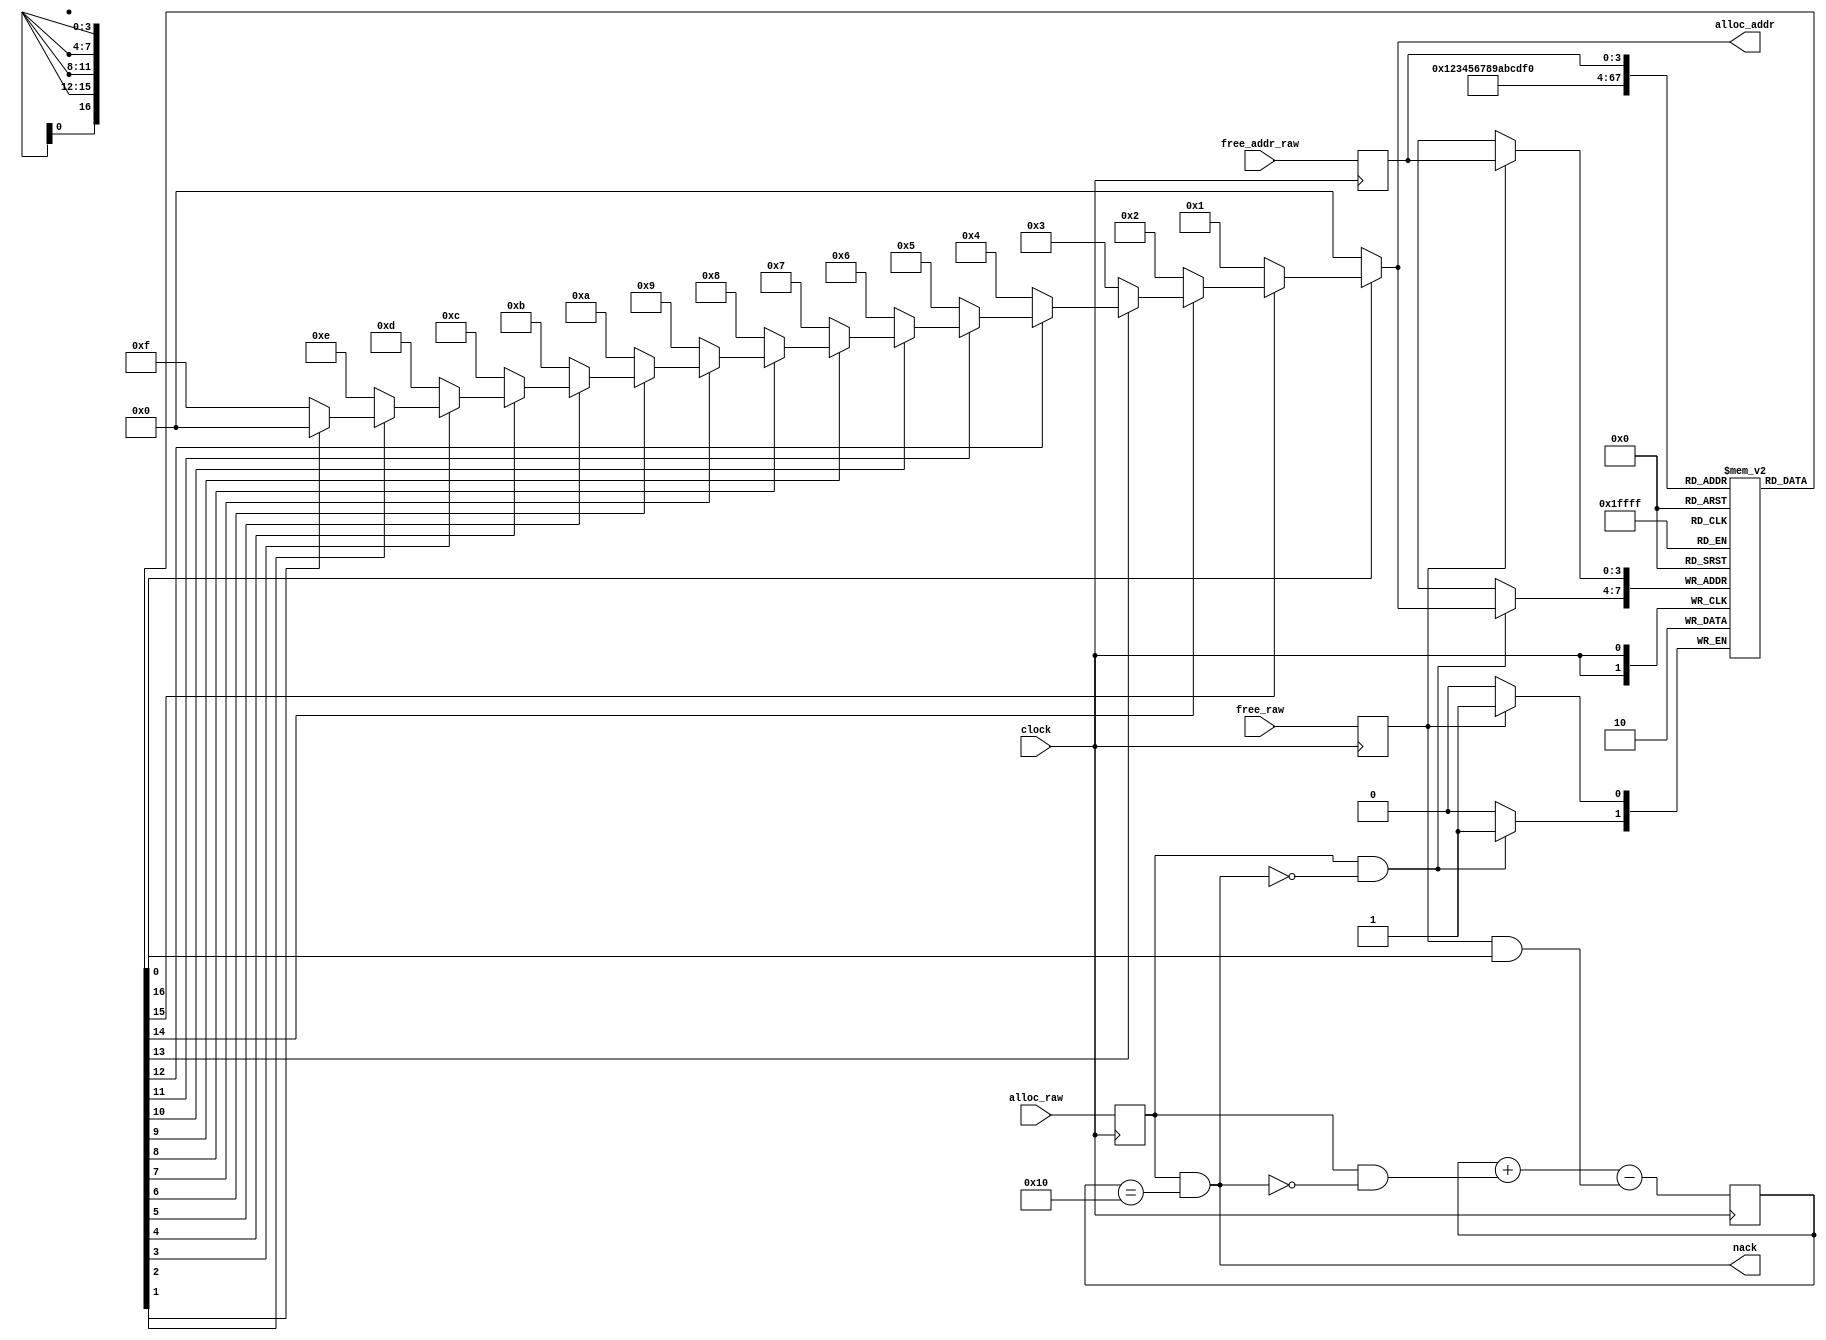
// Buffer allocation model derived from Ken McMillan's.
// The modifications were meant to adapt the description to the requirements
// of vl2mv.
//
//
module buffer_alloc(clock,alloc_raw,nack,alloc_addr,free_raw,free_addr_raw);
    input		     clock;
    input 		     alloc_raw;
    output 		     nack;
    output [(4-1):0] alloc_addr;
    input 		     free_raw;
    input [(4-1):0]  free_addr_raw;

    reg 		     busy [0:(16 - 1)];
    reg [4:0] 	     count;
    reg 		     alloc, free;
    reg [(4-1):0]    free_addr;
    integer 		     i;

    initial begin
	for (i = 0; i < 16; i = i + 1)
	  busy[i] = 0;
	count = 0;
	alloc = 0;
	free = 0;
	free_addr = 0;
    end

    assign nack = alloc & (count == 16);
    assign alloc_addr =
		       ~busy[0] ? 0 :
		       ~busy[1] ? 1 :
		       ~busy[2] ? 2 :
		       ~busy[3] ? 3 :
		       ~busy[4] ? 4 :
		       ~busy[5] ? 5 :
		       ~busy[6] ? 6 :
		       ~busy[7] ? 7 :
		       ~busy[8] ? 8 :
		       ~busy[9] ? 9 :
		       ~busy[10] ? 10 :
		       ~busy[11] ? 11 :
		       ~busy[12] ? 12 :
		       ~busy[13] ? 13 :
		       ~busy[14] ? 14 :
		       ~busy[15] ? 15 :
		       0;

    always @ (posedge clock) begin
	alloc = alloc_raw;
	free = free_raw;
	free_addr = free_addr_raw;
    end
    always @ (posedge clock) begin
	count = count + (alloc & ~nack) - (free & busy[free_addr]);
	if (free) busy[free_addr] = 0;
	if (alloc & ~nack) busy[alloc_addr] = 1;
    end

/*
    // assertions follow

    // definition of when a buffer is freed and allocated

    wire [(`SIZE - 1):0] allocd, freed;
    `for(j = 0; j < `SIZE; j++)
    assign allocd[j] = alloc & ~nack & alloc_addr == `j;
    assign freed[j] = free & free_addr == `j;
    `endfor

    // if an entry is allocated, it is not allocated again until freed

  always
    for(i = 0; i < `SIZE; i = i + 1) begin
      if (allocd[i]) begin
	wait(1);
        while(~freed[i]) begin
          assert safe[i]: ~allocd[i];
          wait(1);
        end
        assert safe[i]: ~allocd[i];
      end
    end
*/
endmodule // buffer_alloc